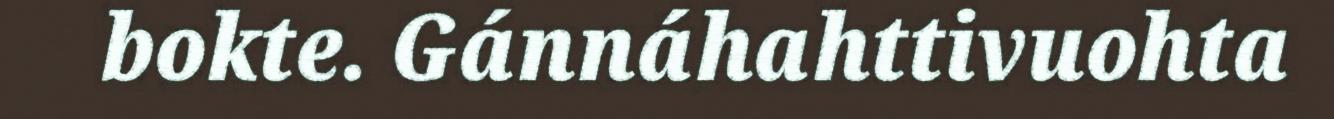
bokte. Gánnáhahttivuohta